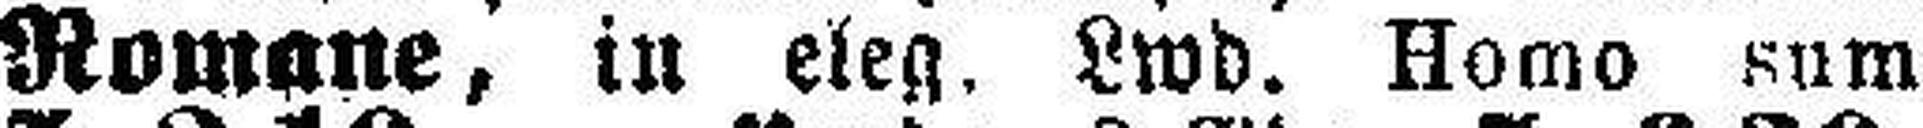
Romane, in eleg. Lwd. Homo sum